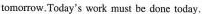
tomorrow.Today's work must be done today,